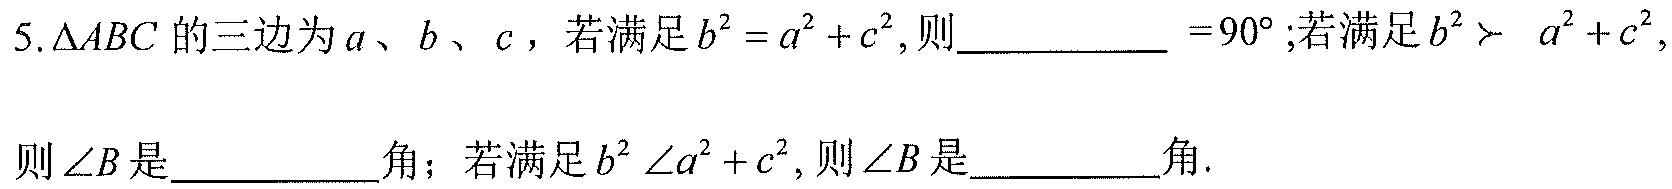
5. $\triangle ABC$的三边为$a$、$b$、$c$，若满足$b^{2}=a^{2}+c^{2}$,则__________ =$90^{\circ}$;若满足$b^{2}> a^{2}+c^{2}$,则$\angle B$是__________角；若满足$b^{2}< a^{2}+c^{2}$, 则$\angle B$是__________角.